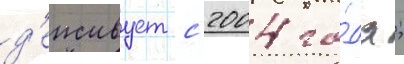
д'еиствует с 2004 го́да;